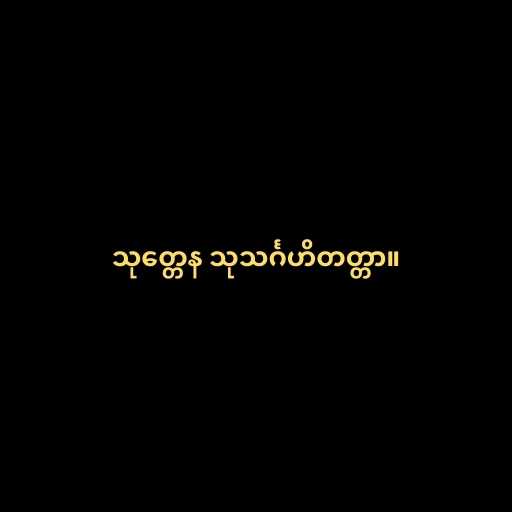
သုတ္တေန သုသင်္ဂဟိတတ္တာ။